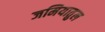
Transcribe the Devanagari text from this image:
जमियातुल